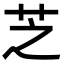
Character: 芝